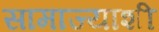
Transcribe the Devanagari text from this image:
सामाज्याशी